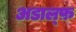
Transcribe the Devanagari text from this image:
अडाल्फ़